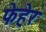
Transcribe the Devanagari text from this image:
फेहेर